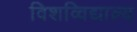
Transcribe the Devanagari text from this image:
विशव्विद्याल्य